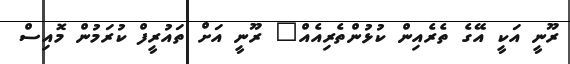
ރޫނީ އަކީ އޭގެ ތެރެއިން ކުޅުންތެރިއެއް" ރޫނީ އަށް ތައުރީފް ކުރަމުން މޮއިސް